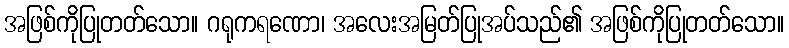
အဖြစ်ကိုပြုတတ်သော။ ဂရုကရဏော၊ အလေးအမြတ်ပြုအပ်သည်၏ အဖြစ်ကိုပြုတတ်သော။